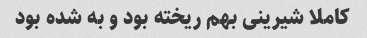
کاملا شیرینی بهم ریخته بود و به شده بود